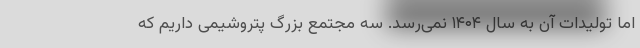
اما تولیدات آن به سال ۱۴۰۴ نمی‌رسد. سه مجتمع بزرگ پتروشیمی داریم که